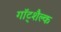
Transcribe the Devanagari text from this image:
गॉट्शैल्क